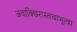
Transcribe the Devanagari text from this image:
अवाक्छिरास्तथाभूत्वा